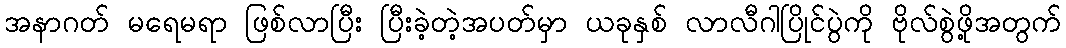
အနာဂတ် မရေမရာ ဖြစ်လာပြီး ပြီးခဲ့တဲ့အပတ်မှာ ယခုနှစ် လာလီဂါပြိုင်ပွဲကို ဗိုလ်စွဲဖို့အတွက်